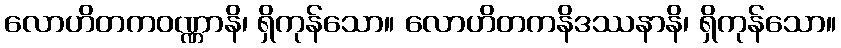
လောဟိတကဝဏ္ဏာနိ၊ ရှိကုန်သော။ လောဟိတကနိဒဿနာနိ၊ ရှိကုန်သော။